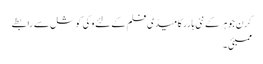
کرن جوہر کے نئی ہارر کامیڈی فلم کے لئے وکی کوشل سے رابطے
ممبئی ۔